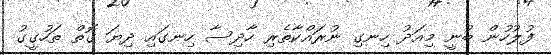
ފުލުހުން ބުނީ މިއަދު ހިނގި ނުރައްކާތެރި ހާދިސާ ހިނގައި ދިޔަ ގޮތް ތަހުގީގު